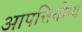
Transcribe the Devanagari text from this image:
आपत्तियोग्य